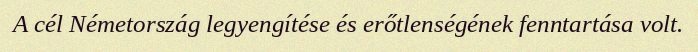
A cél Németország legyengítése és erőtlenségének fenntartása volt.